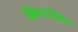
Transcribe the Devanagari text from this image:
क्रिस्टॉफर